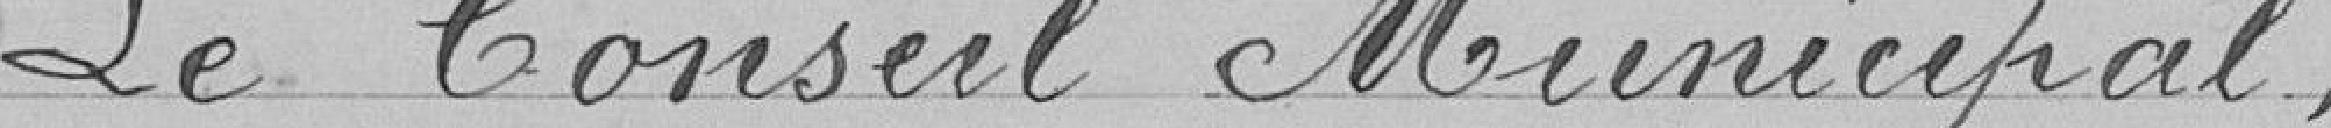
Le Conseil Municipal